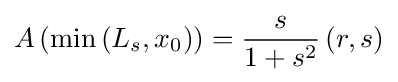
A\left(\min \left(L_{s},x_{0}\right)\right)={\frac {s}{1+s^{2}}}\left(r,s\right)